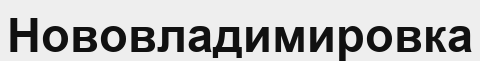
Нововладимировка